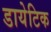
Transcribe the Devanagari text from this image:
डायेटिक